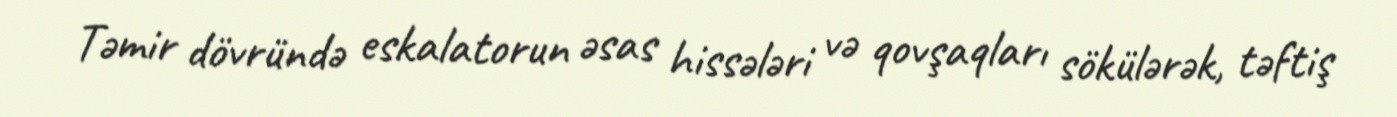
Təmir dövründə eskalatorun əsas hissələri və qovşaqları sökülərək, təftiş